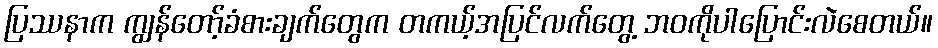
ပြဿနာက ကျွန်တော့်ခံစားချက်တွေက တကယ့်အပြင်လက်တွေ့ ဘဝကိုပါပြောင်းလဲစေတယ်။